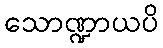
သောဏ္ဍာယပိ